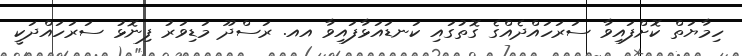
ހިމާޔަތް ކޮށްފައިވާ ސަރަަހައްދެއްގެ ގޮތުގައި ކަނޑައަޅާފައިވާ އއ. ރަސްދޫ މަޑިވަރު ފިނޮޅު ސަރަހައްދަކީ